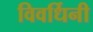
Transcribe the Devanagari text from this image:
विवर्धिनी